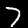
Label: 7